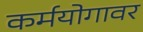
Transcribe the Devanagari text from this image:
कर्मयोगावर